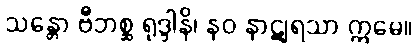
သန္တော ဗီဘစ္ဆ ရုဒ္ဒါနိ၊ နဝ နာဋျရသာ ဣမေ။